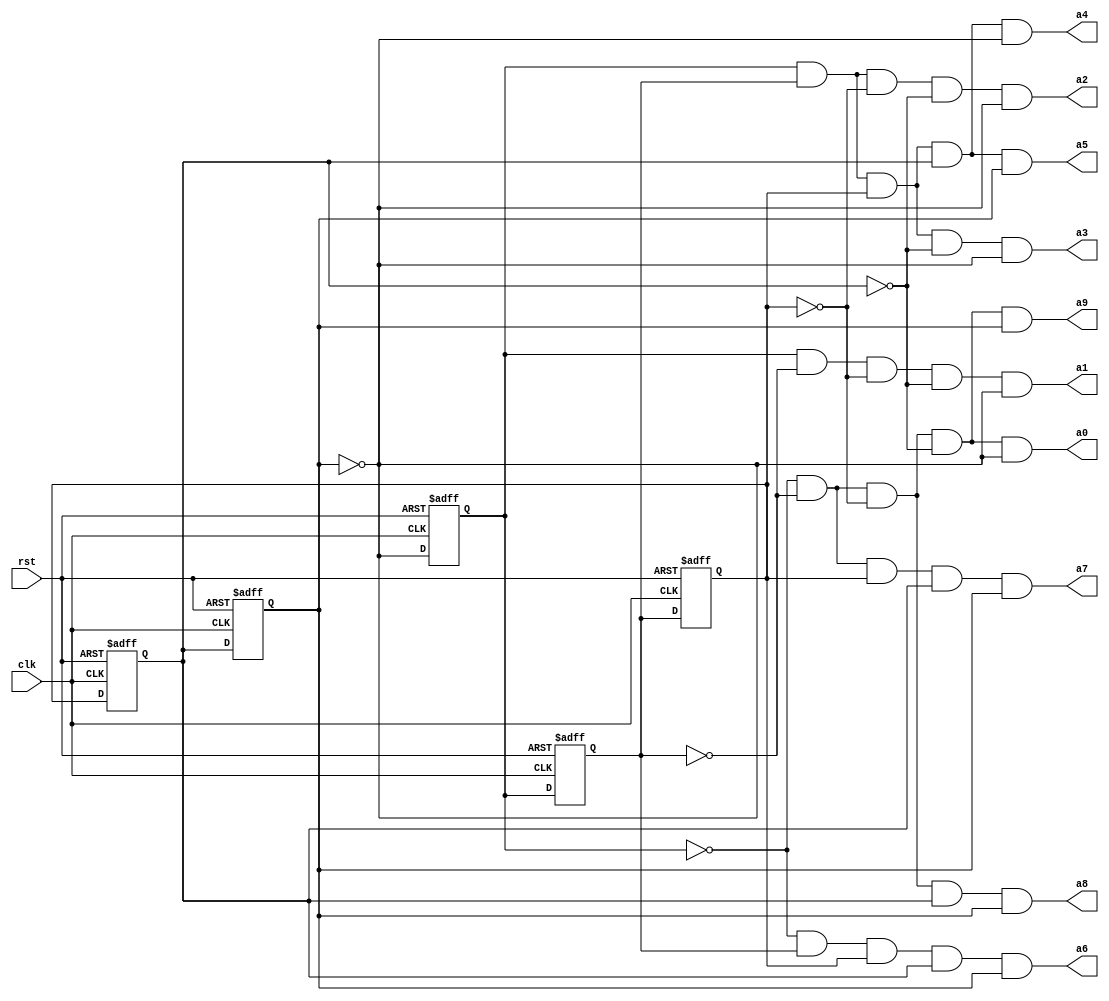
module jc(input clk, rst, output wire a0,a1,a2,a3,a4, output wire a5,a6,a7,a8,a9);
reg A,A0,A1,A2,A3,A4;
/*initial
    begin
    A0=0;
    A1=0;
    A2=0;
    A3=0;
    A4=0;
    end*/
always@(posedge clk,posedge rst)
    begin
    if(rst)
        begin
        A0=0;
        A1=0;
        A2=0;
        A3=0;
        A4=0;
        end
    else
        begin
        A=A4;
        A4=A3;
        A3=A2;
        A2=A1;
        A1=A0;
        A0=~A;
        end
    end
assign a0=(~A0)&(~A1)&(~A2)&(~A3)&(~A4);
assign a1=A0&(~A1)&(~A2)&(~A3)&(~A4);
assign a2=A0&A1&(~A2)&(~A3)&(~A4);
assign a3=A0&A1&A2&(~A3)&(~A4);
assign a4=A0&A1&A2&A3&(~A4);
assign a5=A0&A1&A2&A3&A4;
assign a6=(~A0)&A1&A2&A3&A4;
assign a7=(~A0)&(~A1)&A2&A3&A4;
assign a8=(~A0)&(~A1)&(~A2)&A3&A4;
assign a9=(~A0)&(~A1)&(~A2)&(~A3)&A4;
endmodule